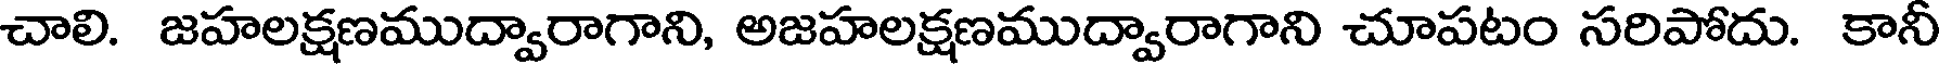
చాలి. జహలక్షణముద్వారాగాని, అజహలక్షణముద్వారాగాని చూపటం సరిపోదు. కానీ